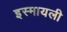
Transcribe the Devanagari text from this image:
इस्मायली